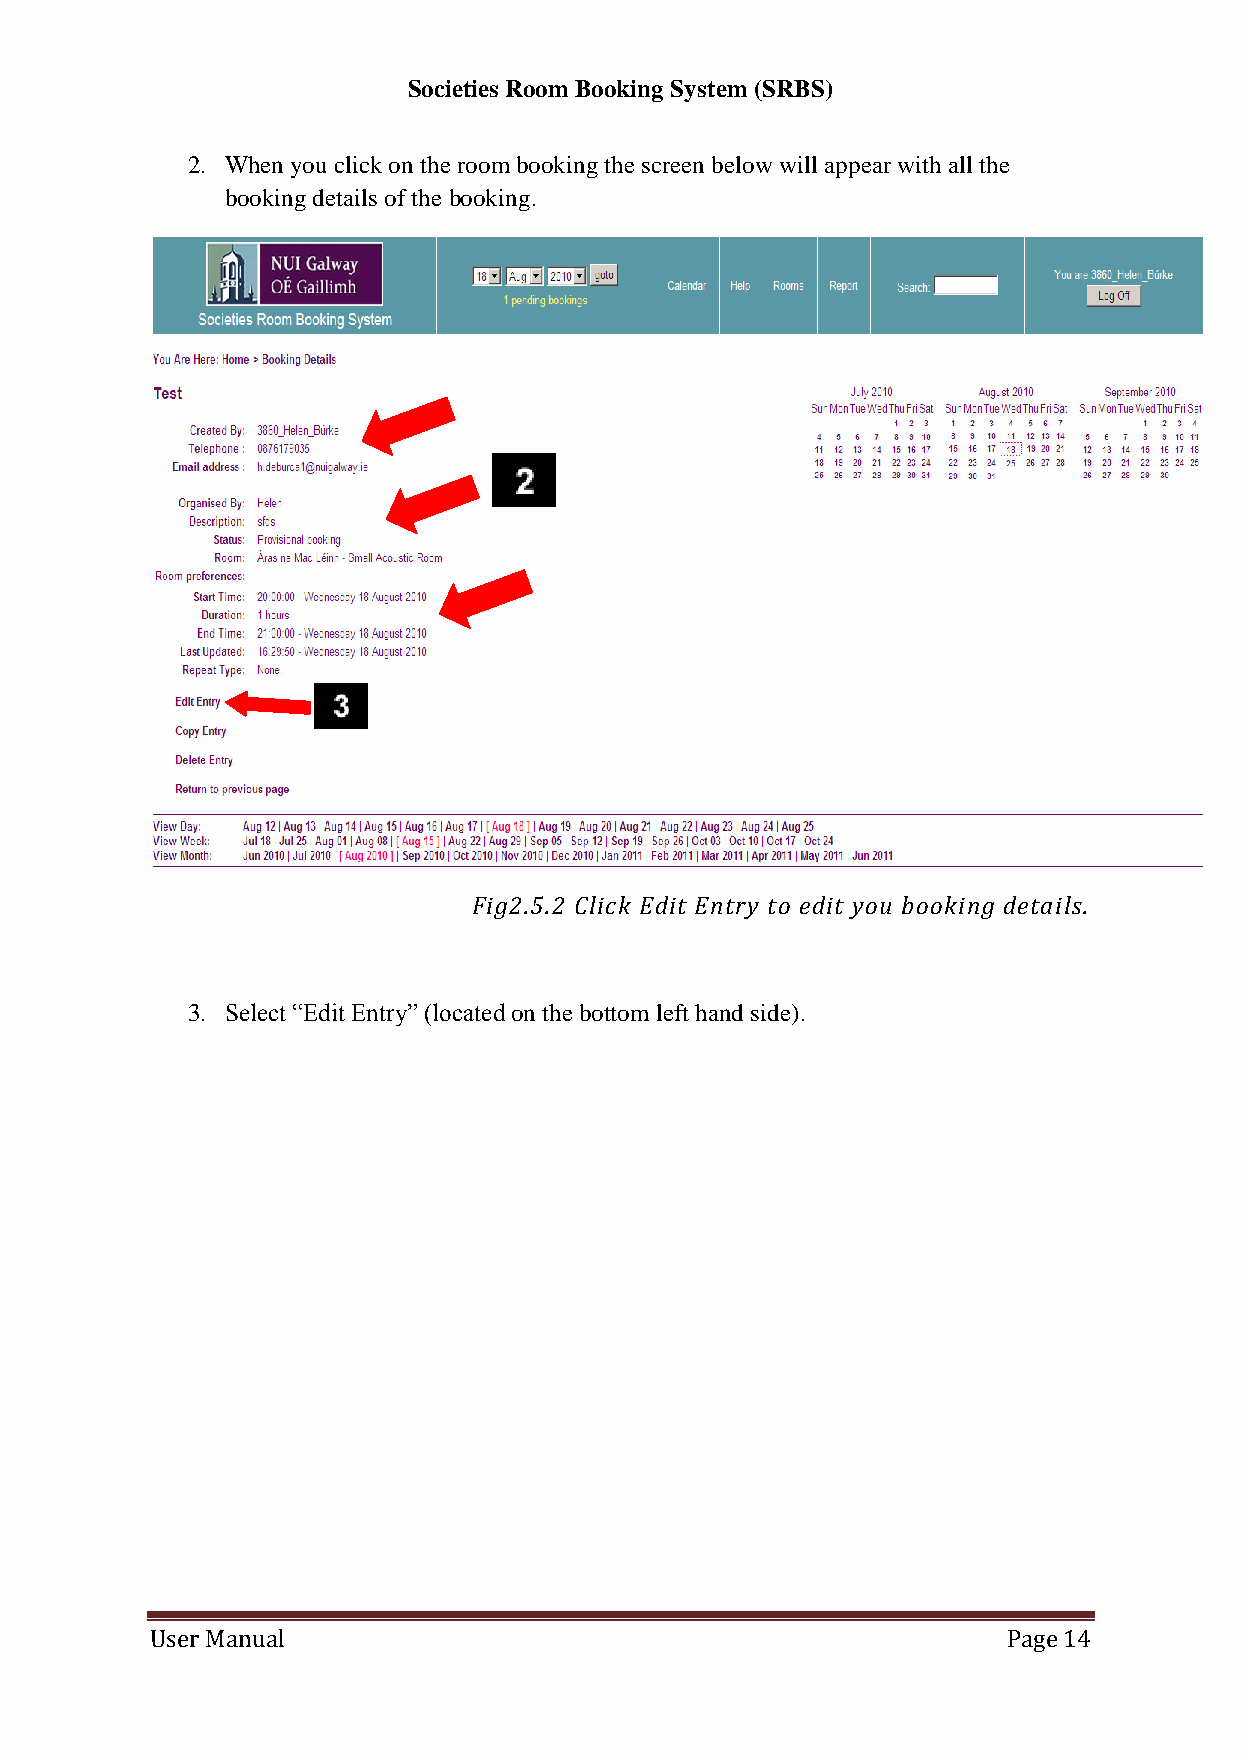
Societies Room Booking System (SRBS)
 2. When you click on the room booking the screen below will appear with all the
 booking details of the booking.
 Fig2.5.2 Click Edit Entry to edit you booking details.
 3. Select “Edit Entry” (located on the bottom left hand side).
 User Manual                                              Page 14